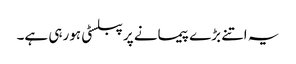
یہ اتنے بڑے پیمانے پر پبلسٹی ہورہی ہے۔